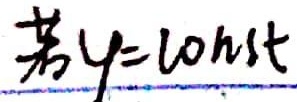
若\(y = \mathrm{tanh}t\)